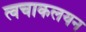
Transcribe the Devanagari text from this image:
त्वचाकलयन